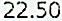
22.50